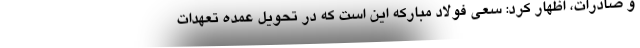
و صادرات، اظهار کرد: سعی فولاد مبارکه این است که در تحویل عمده تعهدات